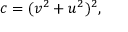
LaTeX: c = ( v ^ { 2 } + u ^ { 2 } ) ^ { 2 } ,